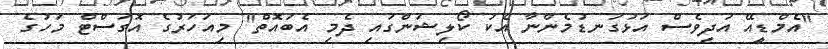
"އެމްޑީއޭ އަދިވެސް އަޅުގަނޑުމެންނާ އެކު ކޯލިޝަންގައި ދެމި އެބައޮތް" މިއަހަރުގެ އޮގަސްޓް މަހުގެ